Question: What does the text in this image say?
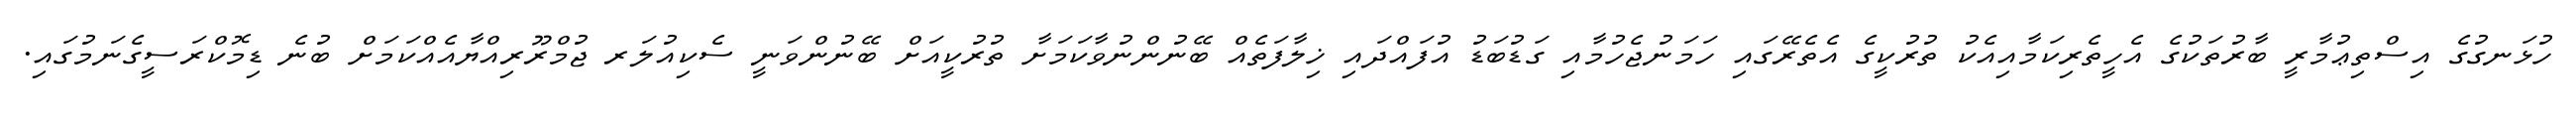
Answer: ހުޅަނގުގެ އިސްތިޢުމާރީ ބާރުތަކުގެ އެހީތެރިކަމާއިއެކު ތުރުކީގެ އެތެރޭގައި ހަމަނުޖެހުމާއި ގަޑުބަޑު އުފައްދައި ޚިލާފަތެއް ބޭނުންނުވާކަމަށާ ތުރުކީއަށް ބޭނުންވަނީ ސެކިއުލަރ ޖުމްރޫރިއްޔާއެއްކަމަށް ބުނެ ޑިމޮކްރަސީގެނަމުގައި.